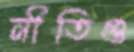
নীতিগু